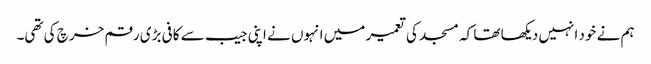
ہم نے خود انہیں دیکھا تھا کہ مسجد کی تعمیر میں انہوں نے اپنی جیب سے کافی بڑی رقم خرچ کی تھی۔